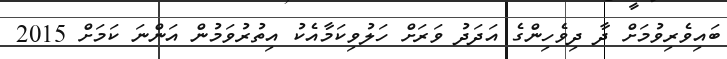
ބައިވެރިވުމަށް ދާ ދިވެހިންގެ އަދަދު ވަރަށް ހަލުވިކަމާއެކު އިތުރުވަމުން އަންނަ ކަމަށް 2015